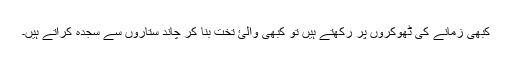
کبھی زمانے کی ٹھوکروں پر رکھتے ہیں تو کبھی والئ تخت بنا کر چاند ستاروں سے سجدہ کراتے ہیں۔